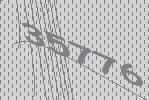
35776